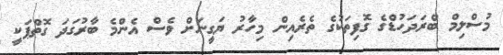
މުސްލިމް ބްރަދަހުޑްގެ ގޮފިތަކުގެ ތެރެއިން މިހާރު ޔަގީނަށް ވެސް އެންމެ ބާރުގަދަ ގޮތްޕަކީ